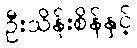
ဦးသိန်းစိန်နှင့်